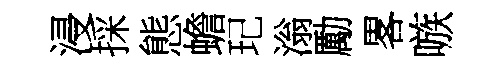
浸採態蟾玘滃勵畧嗾